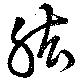
肱